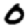
Digit: 0